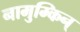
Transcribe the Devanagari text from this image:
नामुम्किन्